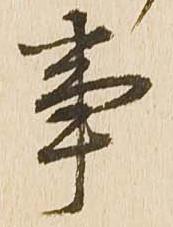
事